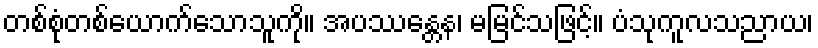
တစ်စုံတစ်ယောက်သောသူကို။ အပဿန္တေန၊ မမြင်သဖြင့်။ ပံသုကူလသညာယ၊